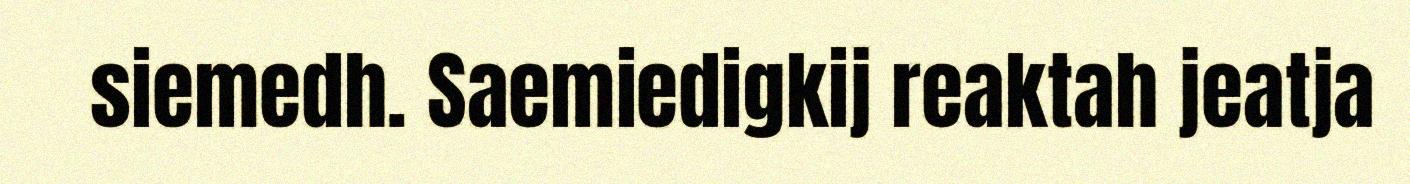
siemedh. Saemiedigkij reaktah jeatja